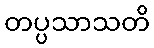
တပ္ပသာသတိ